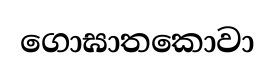
ගොඝාතකොවා